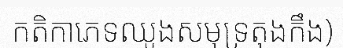
កតិកាភេទឈូងសមុទ្រតុងកឹង)